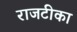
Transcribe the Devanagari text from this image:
राजटीका